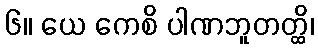
၆။ ယေ ကေစိ ပါဏဘူတတ္ထိ၊